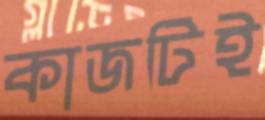
কাজটিই